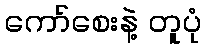
ကော်စေးနဲ့ တူပုံ